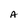
Character: A